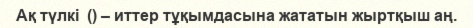
Ақ түлкі  () – иттер тұқымдасына жататын жыртқыш аң.